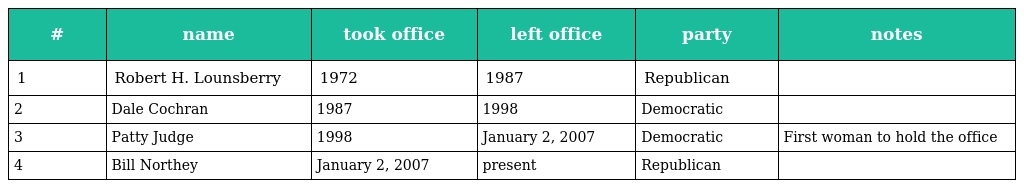
| # | name | took office | left office | party | notes |
 | --- | --- | --- | --- | --- | --- |
 | 1 | Robert H. Lounsberry | 1972 | 1987 | Republican |  |
 | 2 | Dale Cochran | 1987 | 1998 | Democratic |  |
 | 3 | Patty Judge | 1998 | January 2, 2007 | Democratic | First woman to hold the office |
 | 4 | Bill Northey | January 2, 2007 | present | Republican |  |